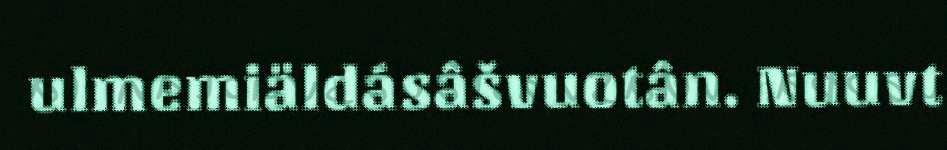
ulmemiäldásâšvuotân. Nuuvt